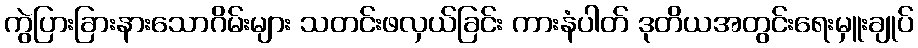
ကွဲပြားခြားနားသောဂိမ်းများ သတင်းဖလှယ်ခြင်း ကားနံပါတ် ဒုတိယအတွင်းရေးမှူးချုပ်